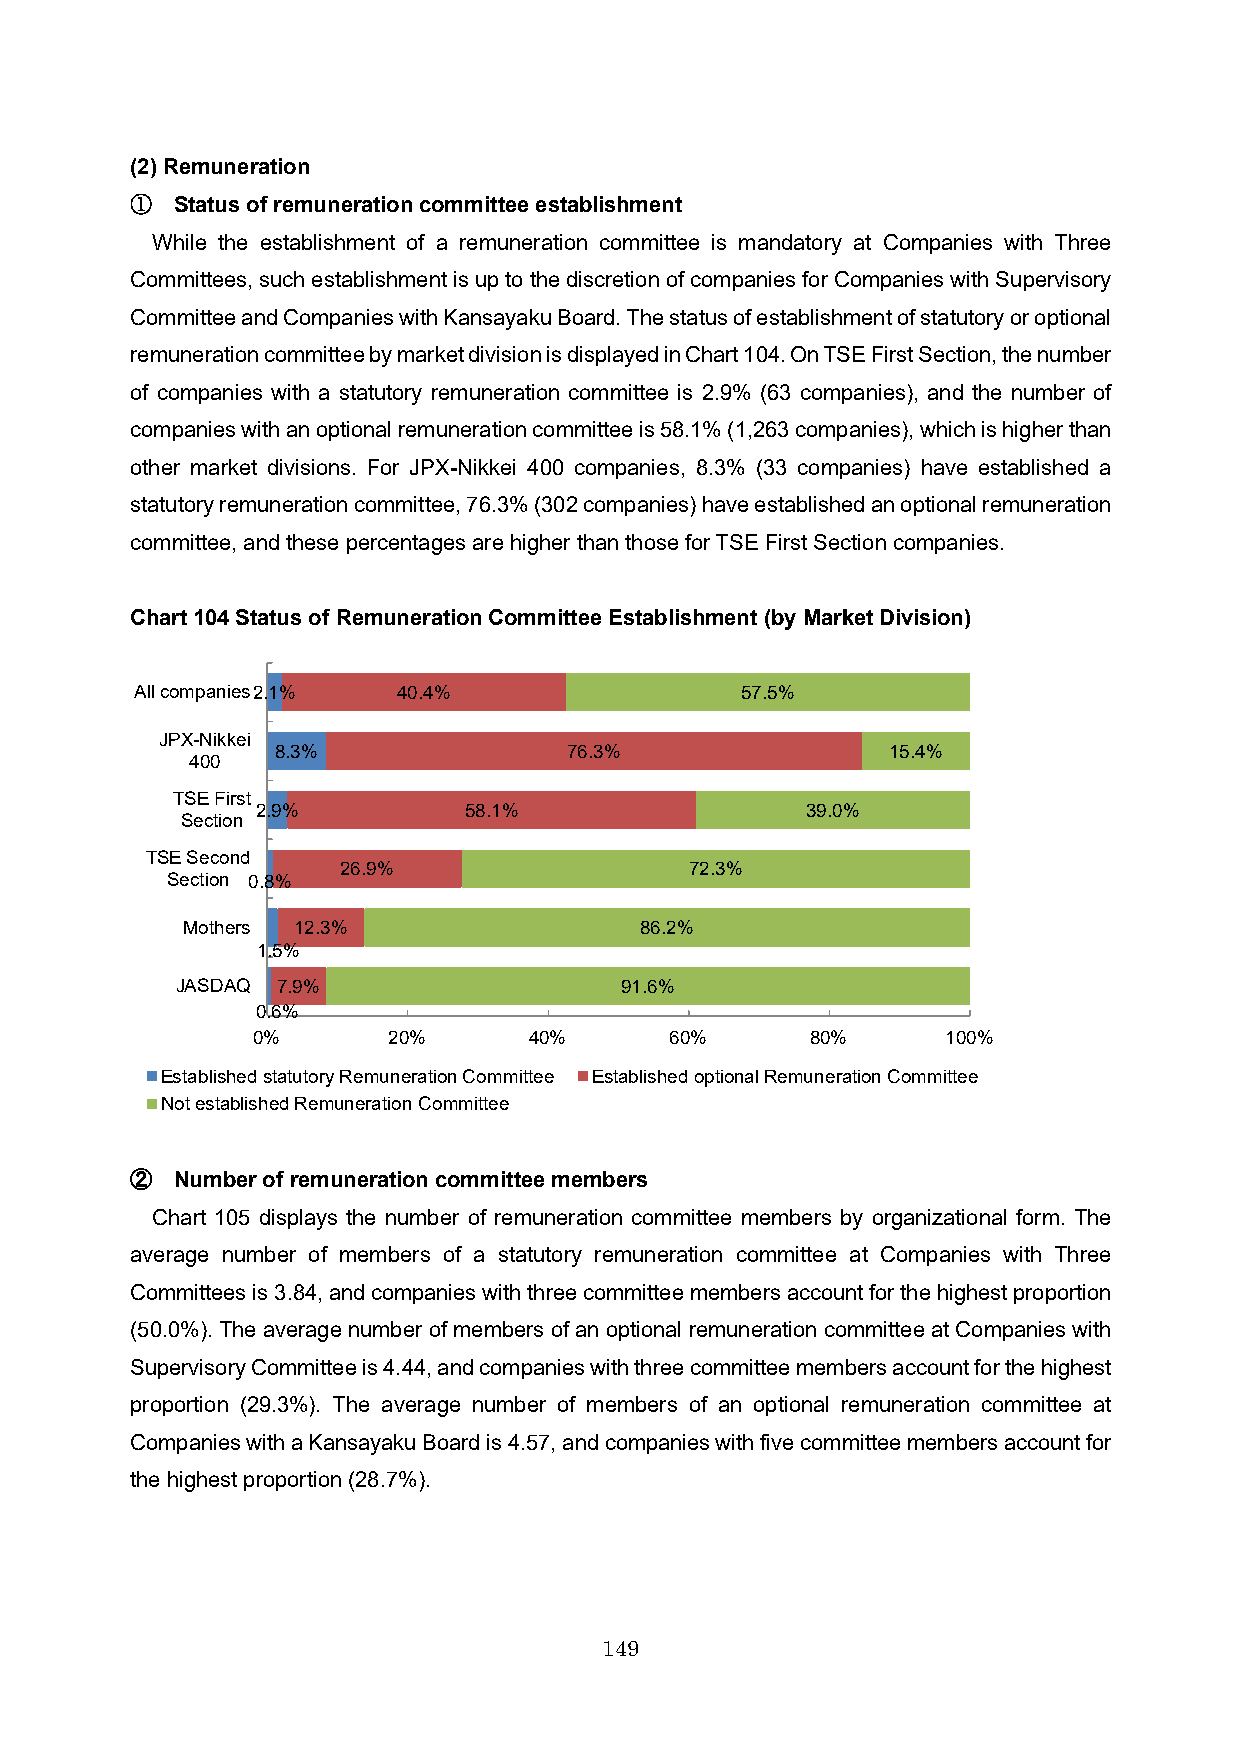
(2) Remuneration
 ①  Status of remuneration committee establishment
 While the establishment of a remuneration committee is mandatory at Companies with Three
 Committees, such establishment is up to the discretion of companies for Companies with Supervisory
 Committee and Companies with Kansayaku Board. The status of establishment of statutory or optional
 remuneration committee by market division is displayed in Chart104. On TSE First Section, the number
 of companies with a statutory remuneration committee is 2.9% (63 companies), and the number of
 companies with an optional remuneration committee is 58.1% (1,263 companies), which is higher than
 other market divisions. For JPX-Nikkei 400 companies, 8.3% (33 companies) have established a
 statutory remuneration committee, 76.3% (302 companies) have established an optional remuneration
 committee, and these percentages are higher than those for TSE First Section companies.
 Chart 104Status of Remuneration Committee Establishment (by Market Division)
 All companies2.1% 40.4%                 57.5%
 JPX-Nikkei
 8.3%                76.3%                15.4%
 400
 TSE First
 2.9%          58.1%                 39.0%
 Section
 TSE Second
 26.9%                  72.3%
 Section 0.8%
 Mothers 12.3%                 86.2%
 1.5%
 JASDAQ 7.9%                  91.6%
 0.6%
 0%       20%      40%      60%       80%      100%
 Established statutory Remuneration Committee Established optional Remuneration Committee
 Not established Remuneration Committee
 ②  Number of remuneration committee members
 Chart 105 displays the number of remuneration committee members by organizational form. The
 average number of members of a statutory remuneration committee at Companies with Three
 Committees is 3.84, and companies with three committee members account for the highest proportion
 (50.0%). The average number of members of an optional remuneration committee at Companies with
 Supervisory Committee is 4.44, and companies with three committee members account for the highest
 proportion (29.3%). The average number of members of an optional remuneration committee at
 Companies with a Kansayaku Board is 4.57, and companies with five committee members account for
 the highest proportion (28.7%).
 149